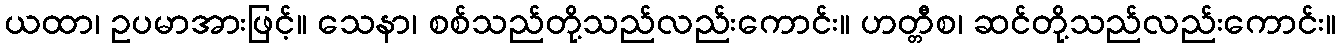
ယထာ၊ ဥပမာအားဖြင့်။ သေနာ၊ စစ်သည်တို့သည်လည်းကောင်း။ ဟတ္တီစ၊ ဆင်တို့သည်လည်းကောင်း။